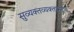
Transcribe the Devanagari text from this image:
सुव्यक्तव्यक्ताभरणः